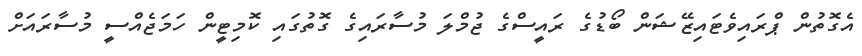
އެގޮތުން ޕްރައިވެޓައިޒޭޝަން ބޯޑުގެ ރައީސްގެ ޖުމްލަ މުސާރައިގެ ގޮތުގައި ކޮމިޓީން ހަމަޖެއްސީ މުސާރައަށް